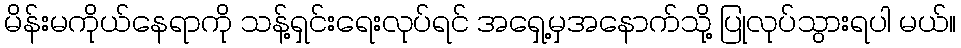
မိန်းမကိုယ်နေရာကို သန့်ရှင်းရေးလုပ်ရင် အရှေ့မှအနောက်သို့ ပြုလုပ်သွားရပါ မယ်။